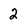
Character: 2